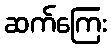
ဆက်ကြေး